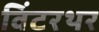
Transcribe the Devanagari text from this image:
विंटरथर